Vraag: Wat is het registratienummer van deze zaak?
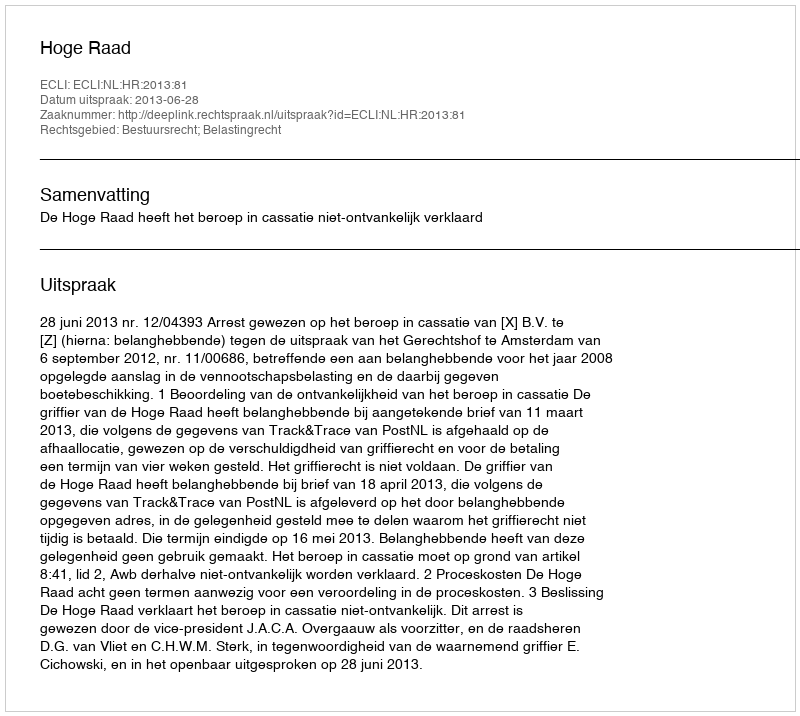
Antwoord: http://deeplink.rechtspraak.nl/uitspraak?id=ECLI:NL:HR:2013:81